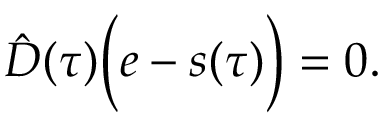
\hat { D } ( \tau ) \Big ( e - s ( \tau ) \Big ) = 0 .